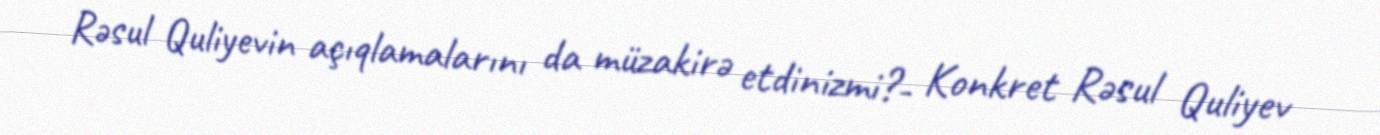
Rəsul Quliyevin açıqlamalarını da müzakirə etdinizmi?- Konkret Rəsul Quliyev